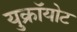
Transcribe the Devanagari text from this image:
युक्रॉयोट